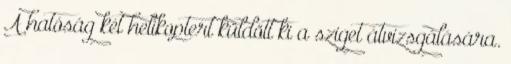
A hatóság két helikoptert küldött ki a sziget átvizsgálására.